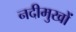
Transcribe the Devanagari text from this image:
नदीमुखों